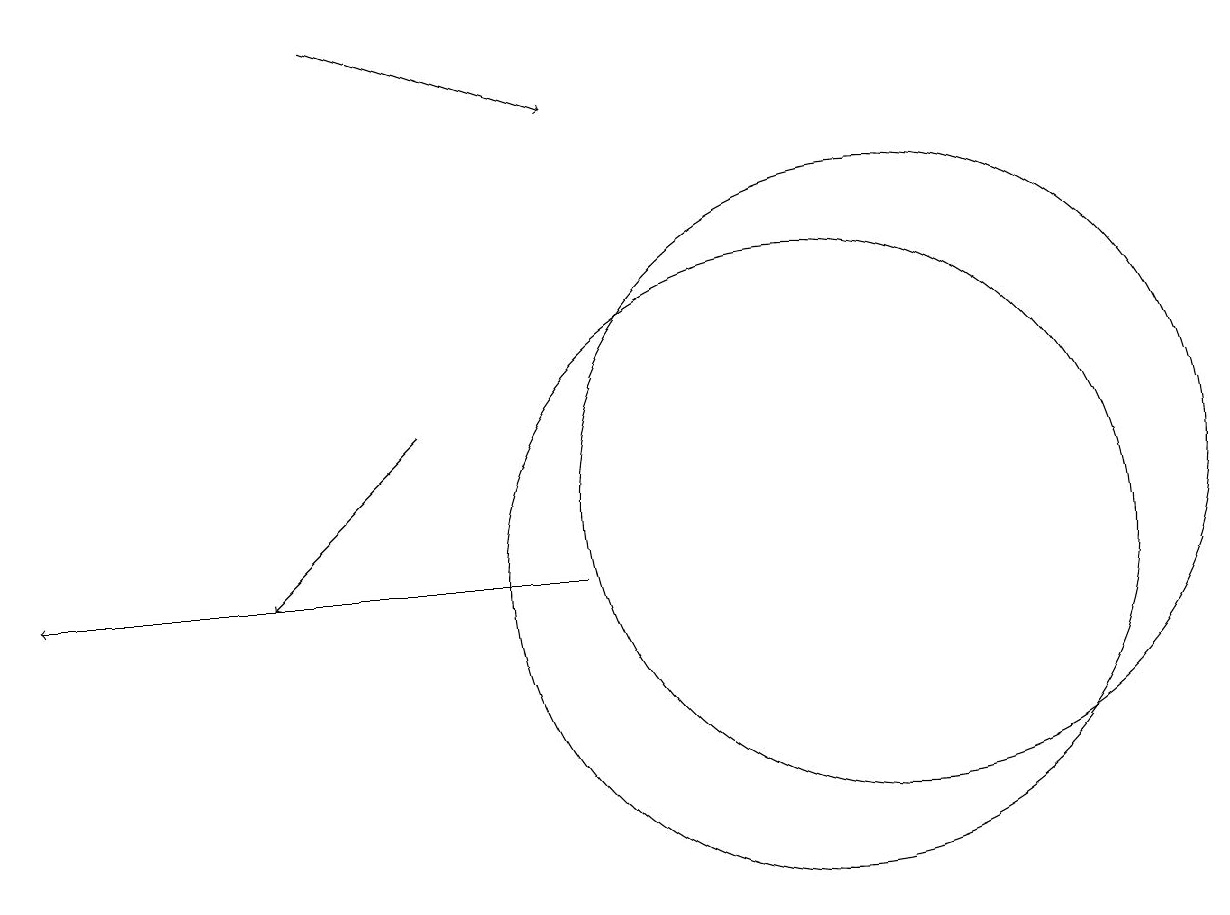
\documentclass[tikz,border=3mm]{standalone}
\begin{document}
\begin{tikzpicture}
\draw[->] (7,11) -- (0,11);
\draw[->] (5,13) -- (3,11);
\draw (10,11) circle (4);
\draw[->] (4,18) -- (7,17);
\draw (11,12) circle (4);
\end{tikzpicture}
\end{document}